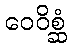
ဝေဝိစ္ဆံ